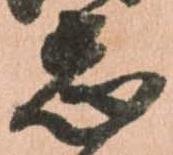
志